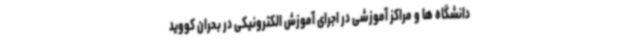
دانشگاه ها و مراکز آموزشی در اجرای آموزش الکترونیکی در بحران کووید